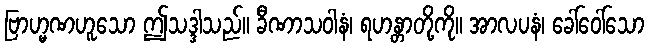
ဗြာဟ္မဏဟူသော ဤသဒ္ဒါသည်။ ခီဏာသဝါနံ၊ ရဟန္တာတို့ကို။ အာလပနံ၊ ခေါ်ဝေါ်သော